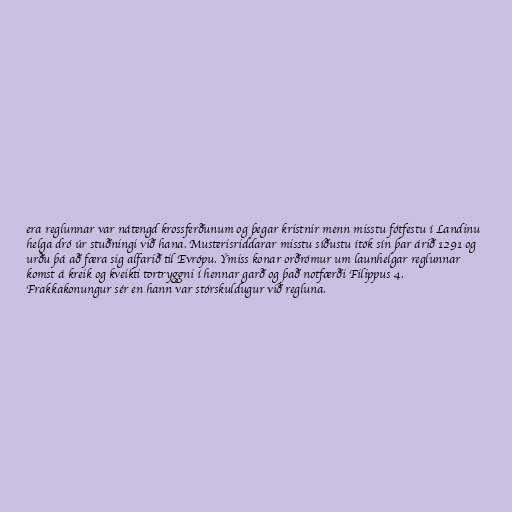
era reglunnar var nátengd krossferðunum og þegar kristnir menn misstu fótfestu í Landinu
helga dró úr stuðningi við hana. Musterisriddarar misstu síðustu ítök sín þar árið 1291 og
urðu þá að færa sig alfarið til Evrópu. Ýmiss konar orðrómur um launhelgar reglunnar
komst á kreik og kveikti tortryggni í hennar garð og það notfærði Filippus 4.
Frakkakonungur sér en hann var stórskuldugur við regluna.